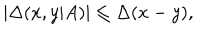
LaTeX: | \Delta ( x , y | A ) | \leq \Delta ( x - y ) ,